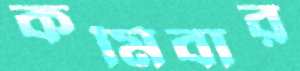
কমিবার